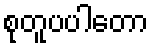
စုတူပပါတော